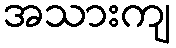
အသားကျ